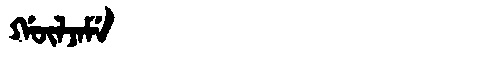
Manchu: ᡤᡡᠯᠵᠠᠮᡝ
Romanization: GŪLJAME